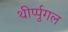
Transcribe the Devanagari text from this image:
थीर्प्पुगल